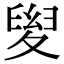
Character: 𡕯